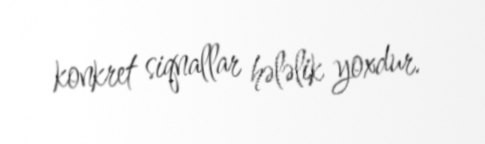
konkret siqnallar hələlik yoxdur.